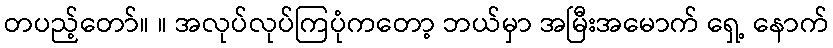
တပည့်တော်။ ။ အလုပ်လုပ်ကြပုံကတော့ ဘယ်မှာ အမြီးအမောက် ရှေ့ နောက်